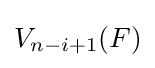
V_{n-i+1}(F)